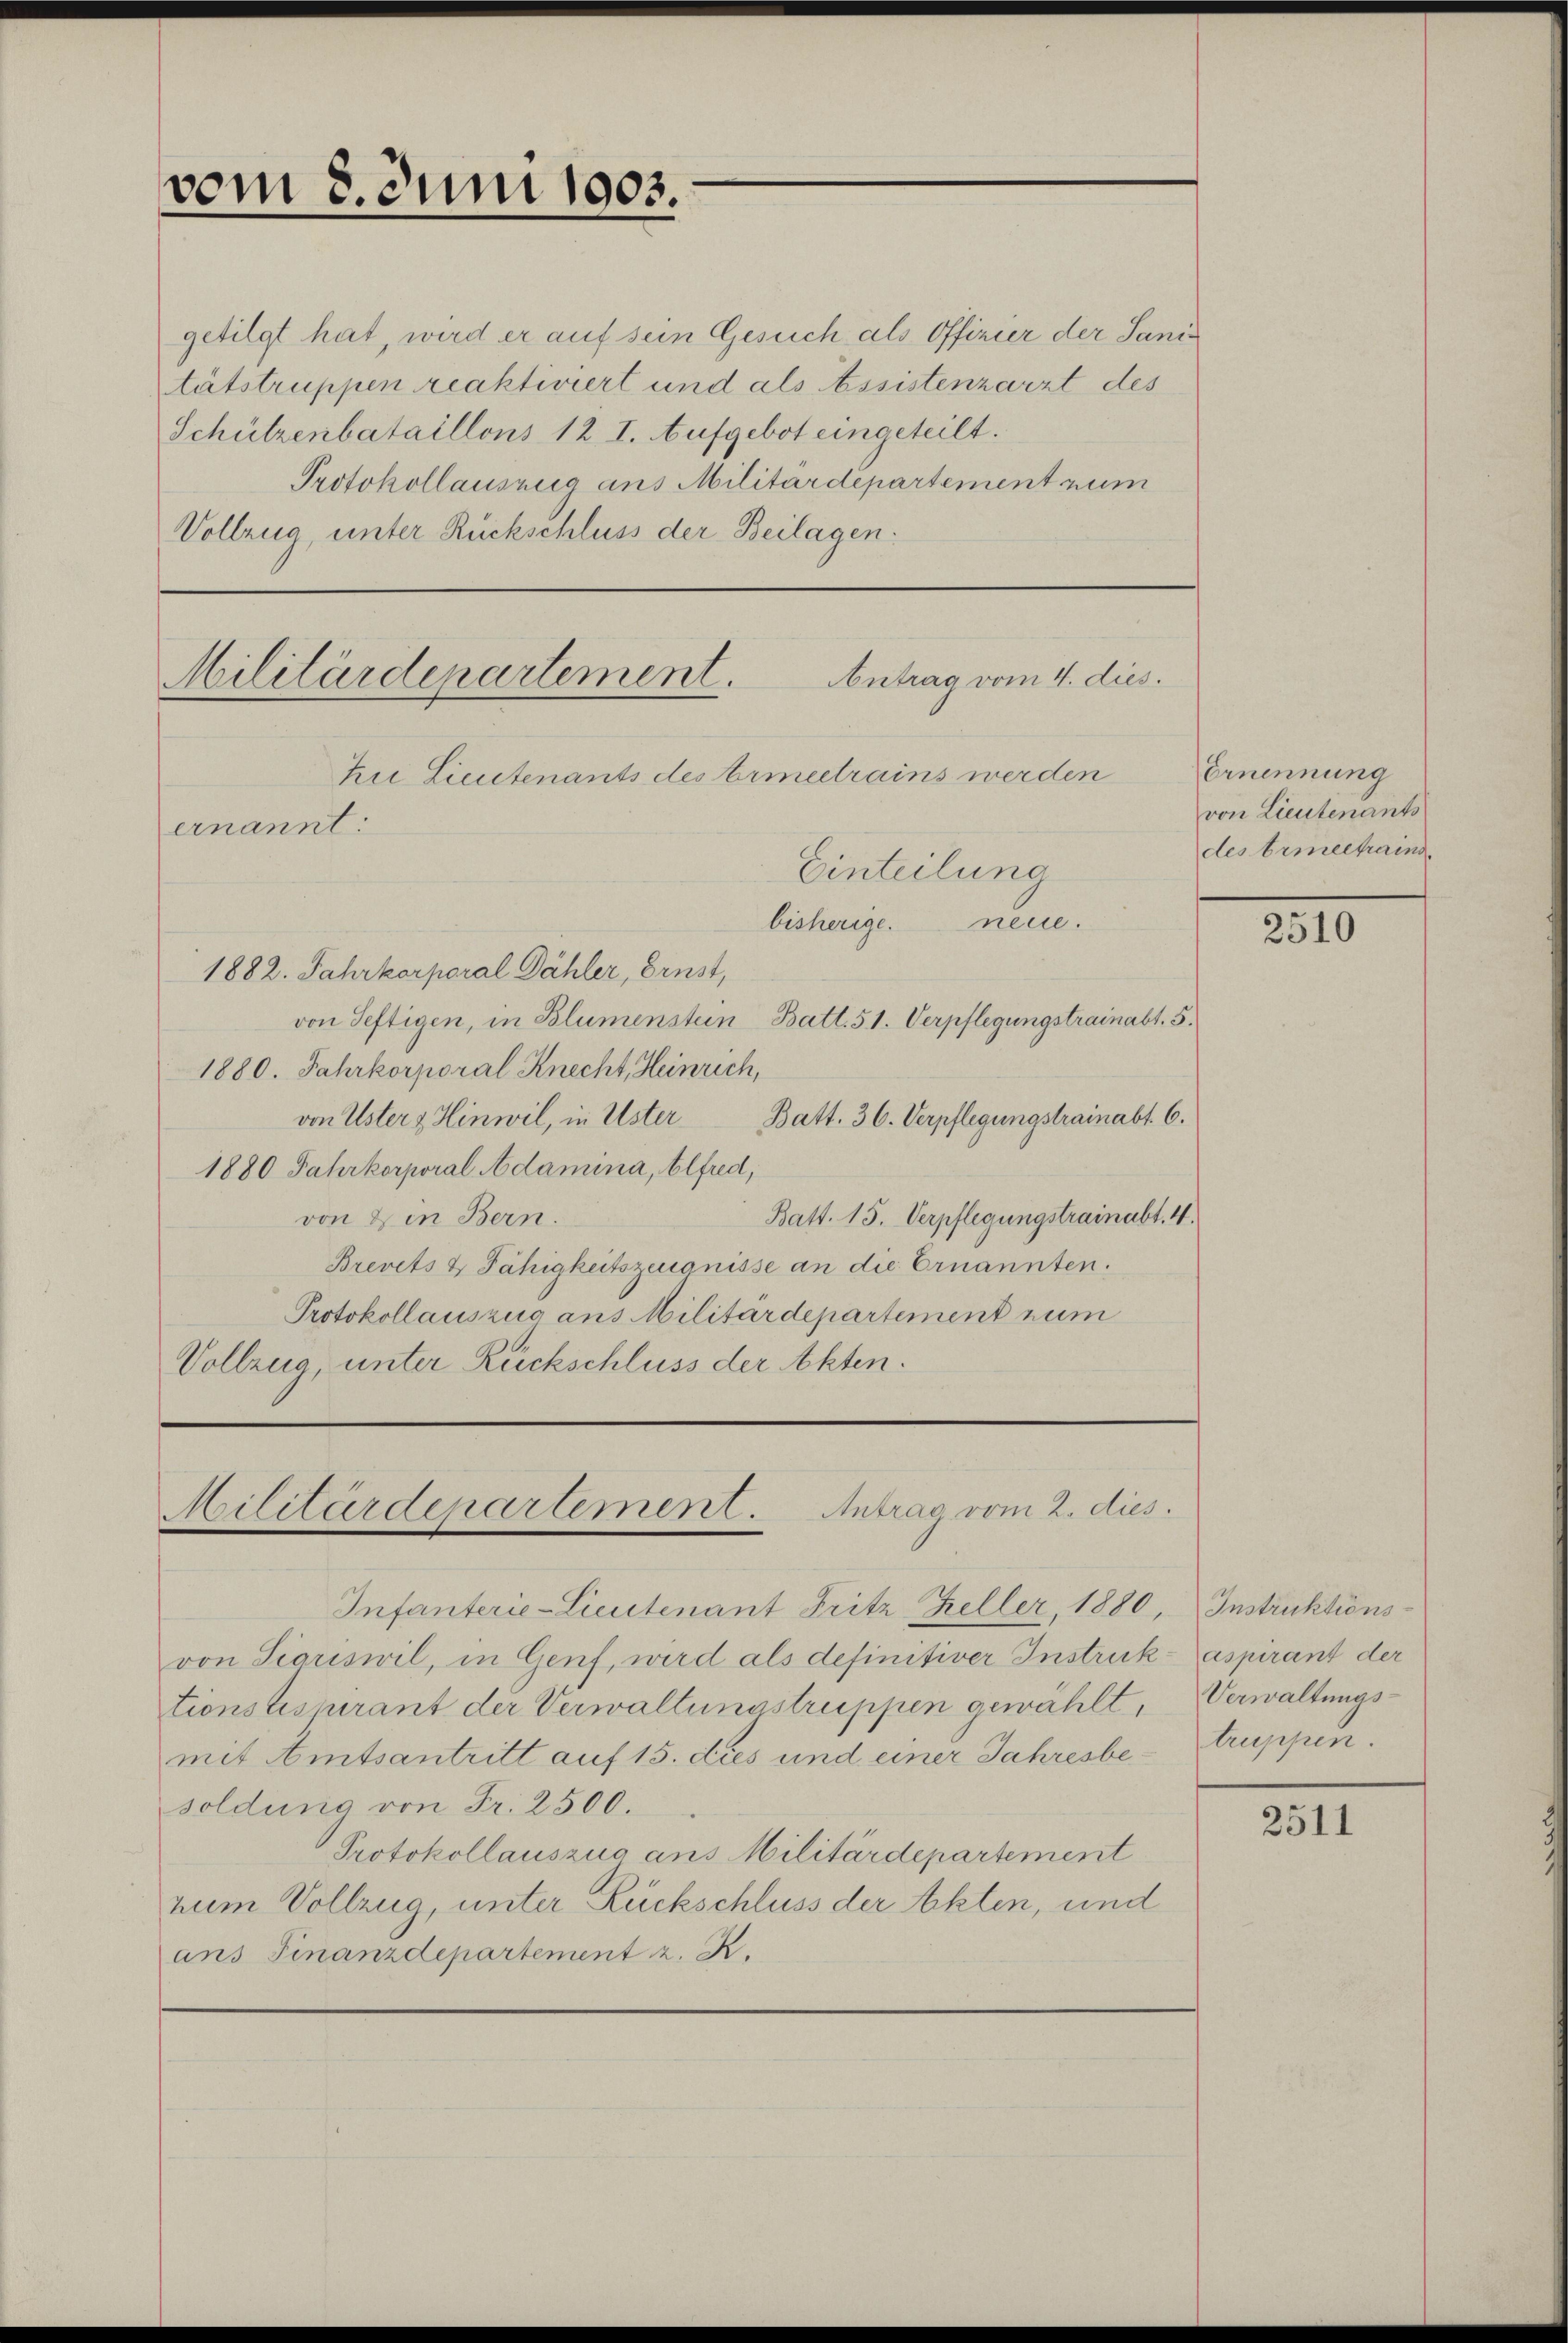
vom 8. Juni 1903.

getilgt hat, wird er auf sein Gesuch als Offizier der Sanitätstruppen reaktiviert und als Assistenzarzt des
Schützenbataillons 12 I. Aufgebot eingeteilt.
Protokollauszug aus Militärdepartement zum
Vollzug, unter Rückschluss der Beilagen.

Militärdepartement.

Zi Lieutenants des Armeetrains werden
ernannt:
Einteilung
bisherige neue.
1882. Jahrkorporal Dähler, Ernst,
von Seftigen, in Blumenstein Batt. 51. Verpflegungstrainabt. 5.
1880. Jahrkorporal Knecht, Heinrich,
von Uster & Hinwil, in Uster
Batt. 36. Verpflegungstrainabt. 6.
1880 Jahrkorporal Adamina, Alfred,
von & in Bern.
Batt. 15. Verpflegungstrainabt. 4.
Brevets & Fähigkeitszeugnisse an die Ernannten.
Protokollauszug aus Militärdepartement zum
Vollzug, unter Rückschluss der Akten.

Antrag vom 4. dies.

Militärdepartement. Antrag vom 2. dies

Infanterie-Lieutenant Fritz Keller, 1880, Instruktionsvon Sigriswil, in Genf, wird als definitiver Instruktionsgespirant der Verwaltungstruppen gewählt,
mit Amtsantritt auf 15. dies und einer Jahresbesoldung von Fr. 2500.
Protokollauszug aus Militärdepartement
zum Vollzug, unter Rückschluss der Akten, und
ans Finanzdepartement z. R.

Ernennung
von Lieutenants
des Ermeetraind

2510

aspirant der
Verwaltungs-
truppen.

2511